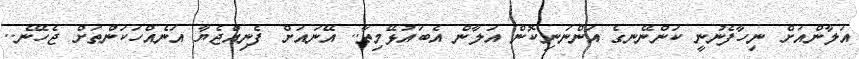
އަލާންއަށް ނިހާފެނުނީ ކަންނޭނގެ އަންނަނިކޮން އަލާން އެބައުޅޭމިތާ.. އޭނައަށް ފެނިއްޖެޔާ އަނެއްހަކަންތަށް ޖެހޭނެ..